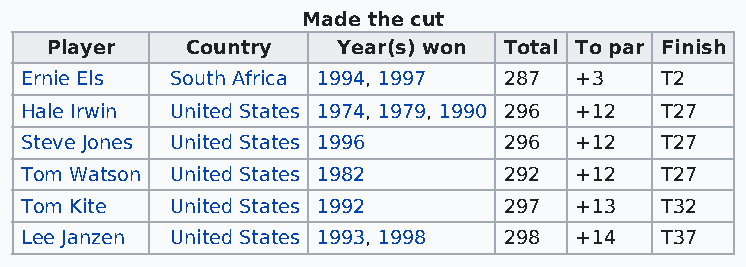
Made the cut
 Player   Country   Year(s) won Total To par Finish
 Ernie Els South Africa 1994, 1997 287 +3   T2
 Hale Irwin United States 1974, 1979, 1990 296 +12 T27
 Steve Jones United States 1996  296  +12   T27
 Tom Watson United States 1982   292  +12   T27
 Tom Kite  United States 1992    297  +13   T32
 Lee Janzen United States 1993, 1998 298 +14 T37